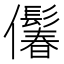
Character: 𪝾